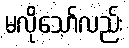
မလိုသော်လည်း